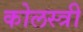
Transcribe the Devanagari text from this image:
कोलस्त्री